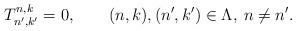
LaTeX: \begin{align*}T^{n,k}_{n',k'}=0,\qquad(n,k),(n',k')\in\Lambda,\:n\neq{n'}.\end{align*}